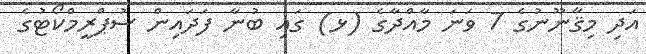
އަދި މިޤާނޫނުގެ 7 ވަނަ މާއްދާގެ (ޅ) ގައި ބުނާ ފަދައިން ސުޕްރީމްކޯޓުގެ